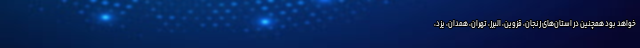
خواهد بود همچنین در استان‌های زنجان، قزوین، البرز، تهران، همدان، یزد،